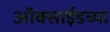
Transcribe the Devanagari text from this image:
ऑक्साईडच्या